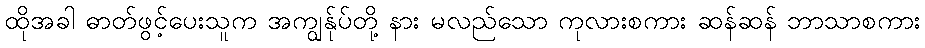
ထိုအခါ ဓာတ်ဖွင့်ပေးသူက အကျွန်ုပ်တို့ နား မလည်သော ကုလားစကား ဆန်ဆန် ဘာသာစကား